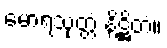
မောရသုတ္တံ နိဋ္ဌိတံ။